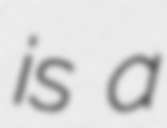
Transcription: is a